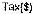
TAX($)